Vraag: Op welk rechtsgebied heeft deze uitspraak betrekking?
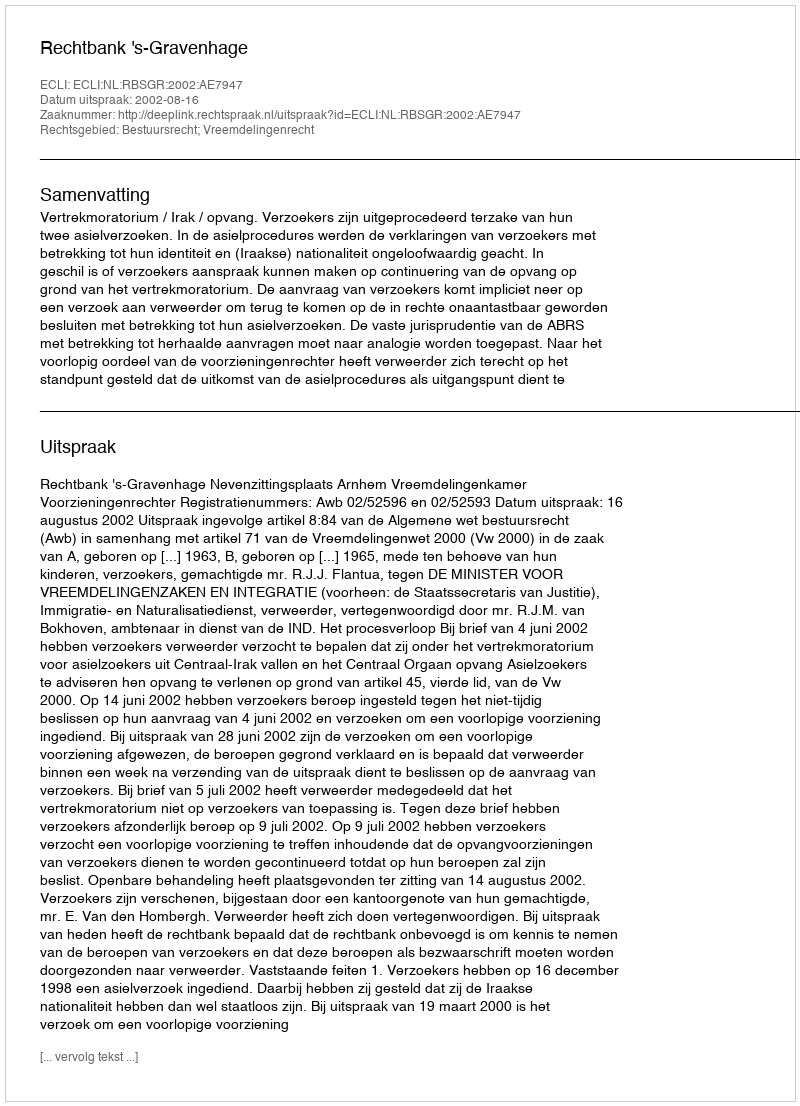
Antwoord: Bestuursrecht; Vreemdelingenrecht